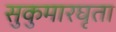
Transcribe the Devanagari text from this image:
सुकुमारघृता